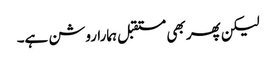
لیکن پھر بھی مستقبل ہمارا روشن ہے۔